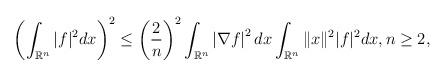
LaTeX: \begin{align*}\left(\int_{\mathbb R^{n}}|f|^{2}dx\right)^{2} \leq \left(\frac{2}{n}\right)^{2} \int_{\mathbb R^{n}} \left| \nabla f \right|^{2} dx \int_{\mathbb R^{n}} \|x\|^{2} |f|^{2}dx, n\geq2,\end{align*}